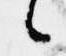
候